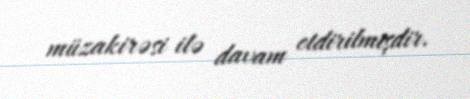
müzakirəsi ilə davam etdirilmişdir.